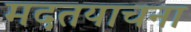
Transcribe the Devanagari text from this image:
मदतयाचना